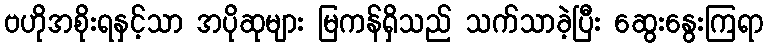
ဗဟိုအစိုးရနှင့်သာ အပိုဆုများ မြကန်ရှိသည် သက်သာခဲ့ပြီး ဆွေးနွေးကြရာ